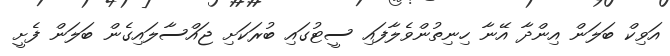
އަވިކް ބަލަން އިންދާ އޭނާ ހިނިތުންވެލާފައި ސީޓުގައި ބުރަކަށި ޖައްސާލައިގެން ބަލަން ފެށީ